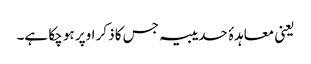
یعنی معاہدۂ حدیبیہ جس کا ذکر اوپر ہو چکا ہے۔